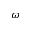
\omega